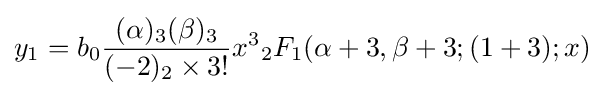
y_{1}=b_{0}{\frac {(\alpha )_{3}(\beta )_{3}}{(-2)_{2}\times 3!}}x^{3}{_{2}F_{1}}(\alpha +3,\beta +3;(1+3);x)